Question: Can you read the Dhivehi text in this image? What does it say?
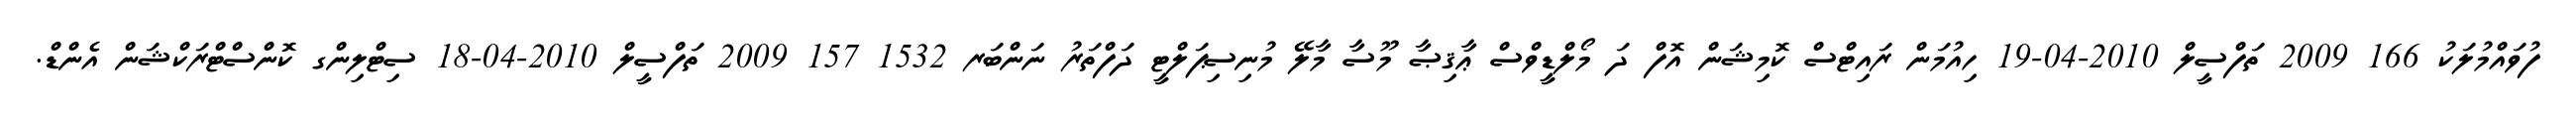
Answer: ފުވައްމުލަކު 166 2009 ތަފްސީލް 2010-04-19 ހިއުމަން ރައިޓްސް ކޮމިޝަން އޮފް ދަ މޯލްޑީވްސް ޢާޤިޞާ މޫސާ މާލޭ މުނިސިޕަލްޓީ ދަފްތަރު ނަންބަރ 1532 157 2009 ތަފްސީލް 2010-04-18 ސިޓްލިންގ ކޮންސްޓްރަކްޝަން އެންޑް.